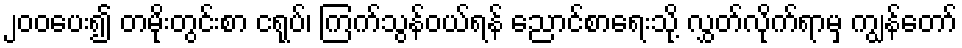
၂၀၀ပေး၍ တမိုးတွင်းစာ ငရုပ်၊ ကြက်သွန်ဝယ်ရန် ညောင်စာရေးသို့ လွှတ်လိုက်ရာမှ ကျွန်တော်